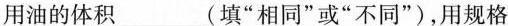
用油的体积___(填”相同”或”不同”)，用规格